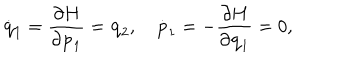
\dot { \bf q } _ { 1 } = { \frac { \partial H } { \partial { \bf p } _ { 1 } } } = { \bf q } _ { 2 } , \quad \dot { \bf p } _ { 1 } = - { \frac { \partial H } { \partial { \bf q } _ { 1 } } } = 0 ,